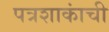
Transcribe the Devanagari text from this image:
पत्रशाकांची